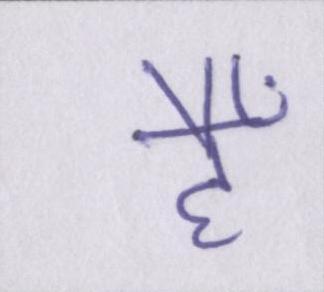
हैँ